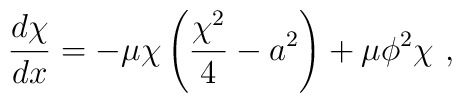
\frac{d\chi}{dx} =- \mu\chi\left(\frac{\chi^2}{4} -a^2\right) + \mu\phi^2\chi ~,